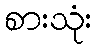
စားသုံး